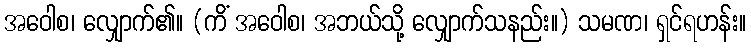
အဝေါစ၊ လျှောက်၏။ (ကိံ အဝေါစ၊ အဘယ်သို့ လျှောက်သနည်း။) သမဏ၊ ရှင်ရဟန်း။